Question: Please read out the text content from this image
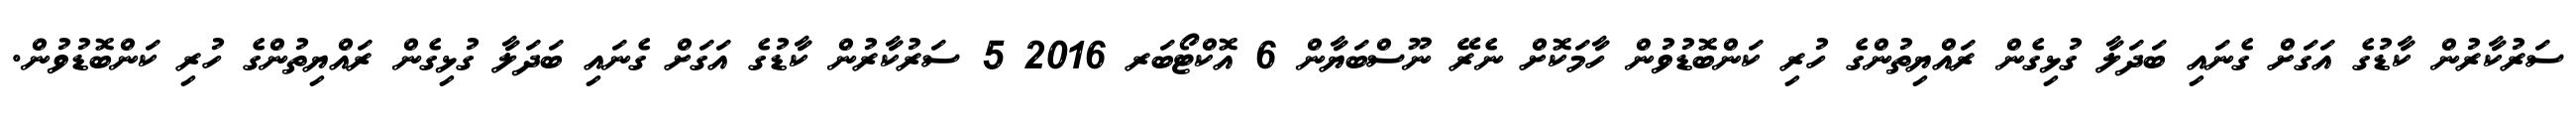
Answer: ސަރުކާރުން ކާޑުގެ އަގަށް ގެނައި ބަދަލާ ގުޅިގެން ރައްޔިތުންގެ ހުރި ކަންބޮޑުވުން ހާމަކޮށް ނެރޭ ނޫސްބަޔާން 6 އޮކްޓޯބަރ 2016 5 ސަރުކާރުން ކާޑުގެ އަގަށް ގެނައި ބަދަލާ ގުޅިގެން ރައްޔިތުންގެ ހުރި ކަންބޮޑުވުން.